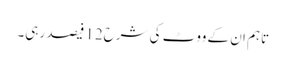
تاہم ان کے ووٹ کی شرح12 فیصد رہی۔